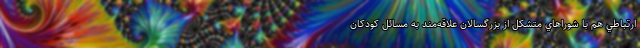
ارتباطي هم با شوراهاي متشكل از بزرگسالان علاقه‌مند به مسائل كودكان